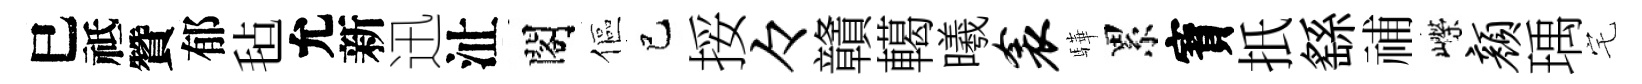
巳祗贊郁毡允新迅沚閣傴巳挼々贛轕曦衾驊累寳扺繇𥙷嶸颜瑀宅